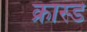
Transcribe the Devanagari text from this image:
क्रास्ड